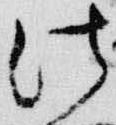
法